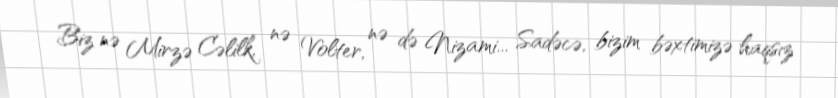
Biz nə Mirzə Cəlilk, nə Volter, nə də Nizami... Sadəcə, bizim bəxtimizə haqsız